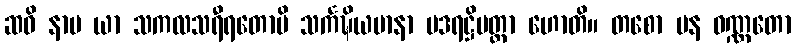
ဆဝိ နာမ ယာ သကလသရီရတောပိ သင်္ကဍ္ဎိယမာနာ ဗဒရဋ္ဌိမတ္တာ ဟောတိ။ တစော ပန ဝဏ္ဏတော